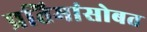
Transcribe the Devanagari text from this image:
प्रतिमांसोबत